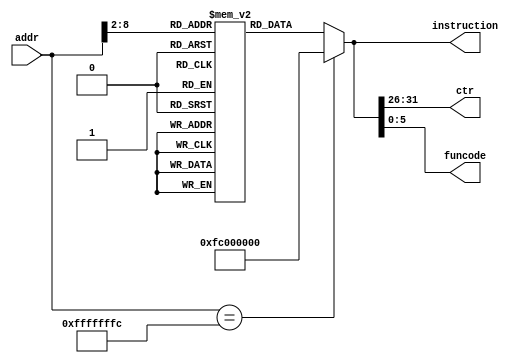
`timescale 1ns / 1ps
module VEDA_I (
    // input clk,
    input [31:0] addr,
    output reg [5:0] ctr,  // [31-26]
    output reg [5:0] funcode,  // [5-0]
    output reg [31:0] instruction  // [31-0]
);

  parameter SIZE_IM = 128;  // size of this memory, by default 128*32
  reg [31:0] Imem[SIZE_IM-1:0];  // instruction memory

  integer n;
  initial begin
    for (n = 0; n < SIZE_IM; n = n + 1) begin
      Imem[n] = 32'b11111100000000000000000000000000;
    end
    Imem[0] = 32'b001000_01001_01000_0000000000001011; // addi $t0, $t0, 11
    Imem[1] = 32'b001000_01000_01000_0000000000000001; // addi $t0, $t0, 1
    Imem[2] = 32'b000000_00000_00000_00000_00000_001000;
    Imem[3] = 32'b000000_00000_00000_00000_00000_001000;
    Imem[4] = 32'b000000_00000_00000_00000_00000_001000;
    Imem[5] = 32'b000000_00000_00000_00000_00000_001000;
    Imem[6] = 32'b000000_00000_00000_00000_00000_001000;
    Imem[7] = 32'b000000_00000_00000_00000_00000_001000;
    Imem[8] = 32'b000000_00000_00000_00000_00000_001000;
    Imem[9] = 32'b000000_00000_00000_00000_00000_001000;
    Imem[126] = 32'b000000_00000_00000_00000_00000_001000;
    Imem[127] = 32'b000000_00000_00000_00000_00000_001000;
    // instruction = 32'b11111100000000000000000000000000;
  end

  always @(addr) begin
    if (addr == -4) begin  // init
      instruction = 32'b11111100000000000000000000000000;
    end else begin
      instruction = Imem[addr>>2];
    end
    ctr = instruction[31:26];
    funcode = instruction[5:0];
  end

endmodule